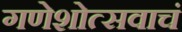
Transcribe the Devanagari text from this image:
गणेशोत्सवाचं